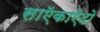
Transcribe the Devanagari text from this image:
साऍकाऍदो